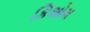
કિશોમ